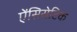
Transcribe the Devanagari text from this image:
ऐंसिसेटिक